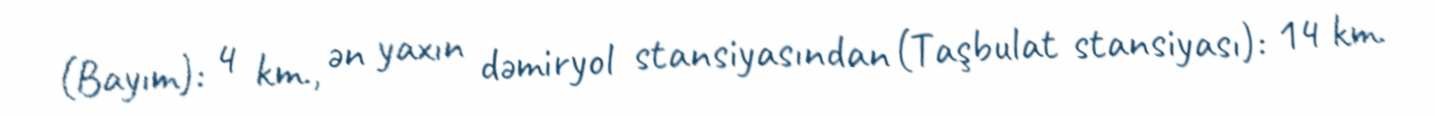
(Bayım): 4 km., ən yaxın dəmiryol stansiyasından (Taşbulat stansiyası): 14 km.